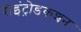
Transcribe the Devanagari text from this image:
रीइंट्रोडकशन